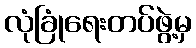
လုံခြုံရေးတပ်ဖွဲ့မှ